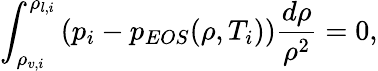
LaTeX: \int_{\rho_{v,i}}^{\rho_{l,i}}\left(p_{i}-p_{EOS}(\rho,T_{i})\right)\frac{d\rho}{\rho^{2}}=0,